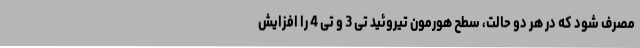
مصرف شود که در هر دو حالت، سطح هورمون تیروئید تی 3 و تی 4 را افزایش